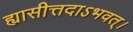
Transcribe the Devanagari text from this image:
ह्यासीत्तदाऽभवत्।